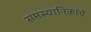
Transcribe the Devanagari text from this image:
समस्थानिकांचे